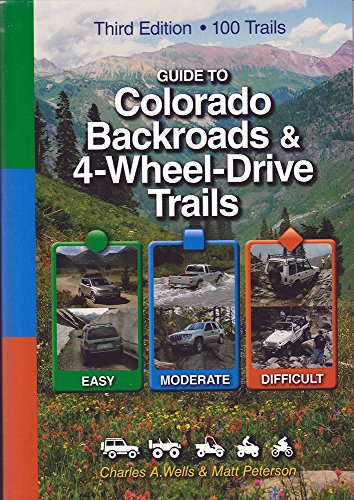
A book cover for Guide to Colorado Backroads & 4-Wheel-Drive Trails, 3rd Edition; Charles A. Wells; Sports & Outdoors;